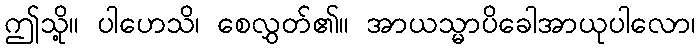
ဤသို့။ ပါဟေသိ၊ စေလွှတ်၏။ အာယသ္မာပိခေါအာယုပါလော၊